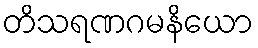
တိသရဏဂမနိယော